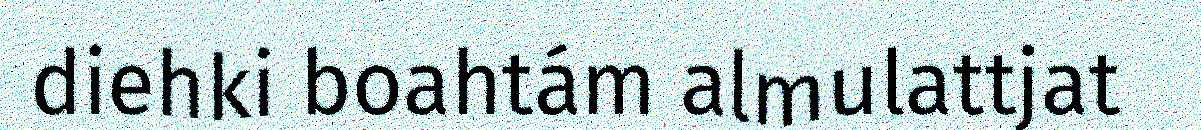
diehki boahtám almulattjat